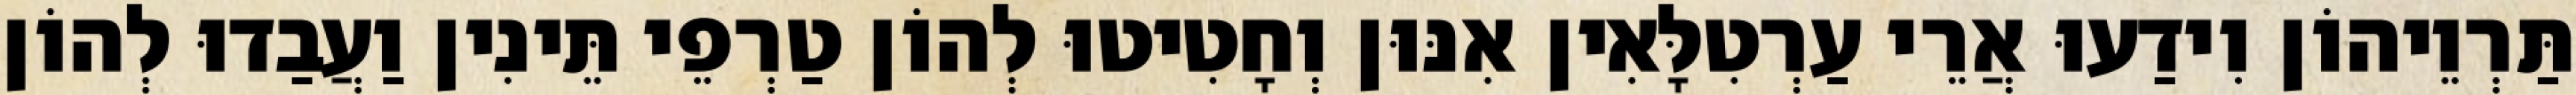
תַּרְוֵיהוֹן וִידַעוּ אֲרֵי עַרְטִלָּאִין אִנּוּן וְחָטִיטוּ לְהוֹן טַרְפֵי תֵּינִין וַעֲבַדוּ לְהוֹן